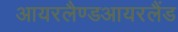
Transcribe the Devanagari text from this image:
आयरलैण्डआयरलैंड